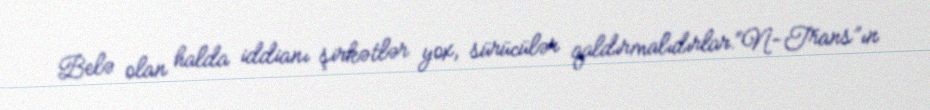
Belə olan halda iddianı şirkətlər yox, sürücülər qaldırmalıdırlar.“N-Trans”ın